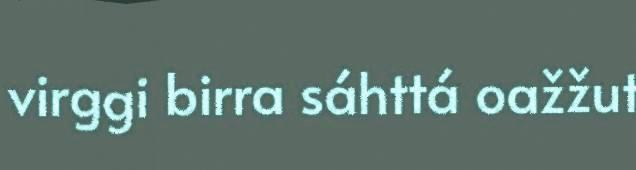
virggi birra sáhttá oažžut